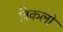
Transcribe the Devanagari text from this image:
विकलो